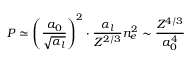
P \simeq \left( \frac { a _ { 0 } } { \sqrt { \alpha _ { l } } } \right) ^ { 2 } \cdot \frac { \alpha _ { l } } { Z ^ { 2 / 3 } } n _ { e } ^ { 2 } \sim \frac { Z ^ { 4 / 3 } } { a _ { 0 } ^ { 4 } }